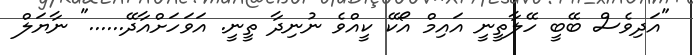
"އަދިވެސް ބޭބީ ހޭލާތީނީ އައިމް އޯކޭ ކީއްވެ ނުނިދާ ތީނީ. އަވަހަށްއާދޭ......" ނާޔަލް